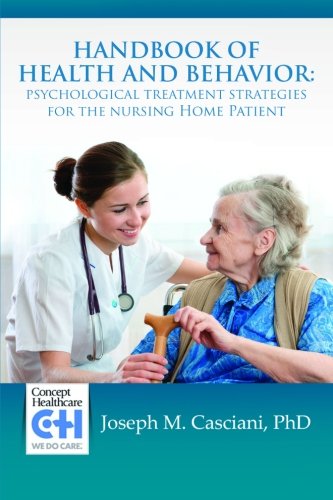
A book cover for Handbook of Health and Behavior: Psychological Treatment Strategies for the Nursing Home Patient; Joseph M. Casciani; Health, Fitness & Dieting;